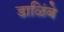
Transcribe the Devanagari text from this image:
डाळिंबे